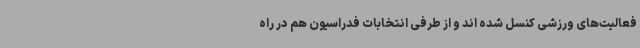
فعالیت‌های ورزشی کنسل شده اند و از طرفی انتخابات فدراسیون هم در راه